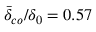
\bar { \delta } _ { c o } / \delta _ { 0 } = 0 . 5 7